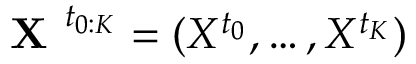
\textbf { X } ^ { t _ { 0 : K } } = ( X ^ { t _ { 0 } } , \ldots , X ^ { t _ { K } } )